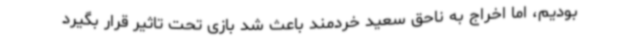
بودیم، اما اخراج به ناحق سعید خردمند باعث شد بازی تحت تاثیر قرار بگیرد